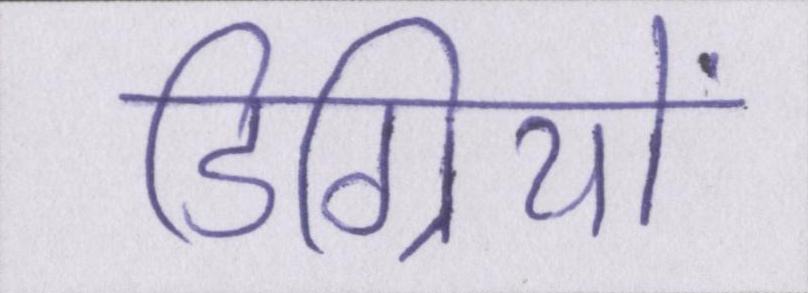
डिग्रियों